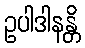
ဥပါဒါနန္တိ